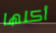
أكلها